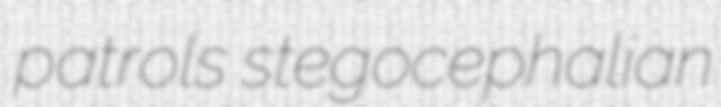
patrols stegocephalian